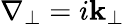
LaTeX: \nabla_{\perp}=i\mathbf{k_{\perp}}